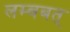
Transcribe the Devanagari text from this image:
लम्बबत्